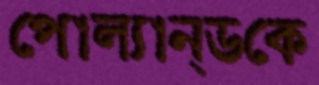
পোল্যান্ডকে